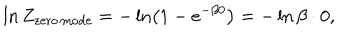
\ln Z _ { \mathrm { z e r o \, m o d e } } = - \ln \left( 1 - e ^ { - \beta 0 } \right) = - \ln \beta \cdot 0 ,